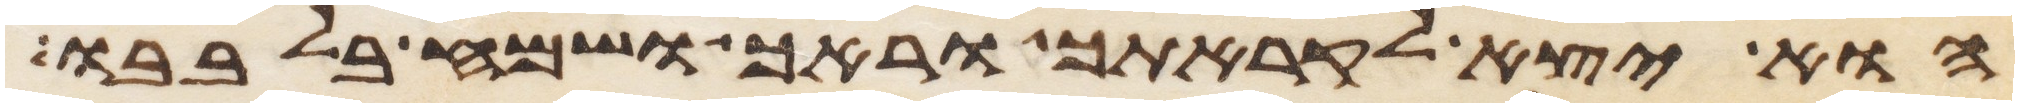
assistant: הוא יצא לקראתך וראך ושמח בלבבו